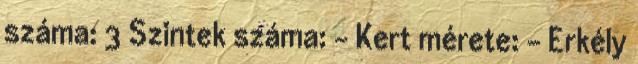
száma: 3 Szintek száma: - Kert mérete: - Erkély